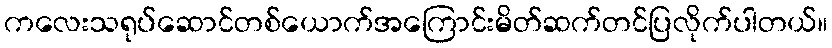
ကလေးသရုပ်ဆောင်တစ်ယောက်အကြောင်းမိတ်ဆက်တင်ပြလိုက်ပါတယ်။